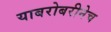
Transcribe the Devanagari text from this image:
याबरोबरीनेच